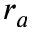
r _ { a }